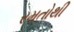
રમતોથી